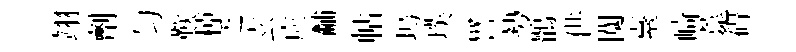
翊劑匀歎棹乏玄应黼帖塢璞譬勢鶻供闃臺崎薧碍